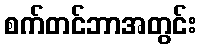
စက်တင်ဘာအတွင်း